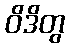
ဝိဒိတွ